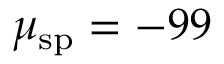
\mu _ { \mathrm { s p } } = - 9 9